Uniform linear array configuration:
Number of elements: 12
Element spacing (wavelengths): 0.75
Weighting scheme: uniform
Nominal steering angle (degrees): -45
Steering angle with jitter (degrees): -45.397
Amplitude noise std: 0.05
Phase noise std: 0.05

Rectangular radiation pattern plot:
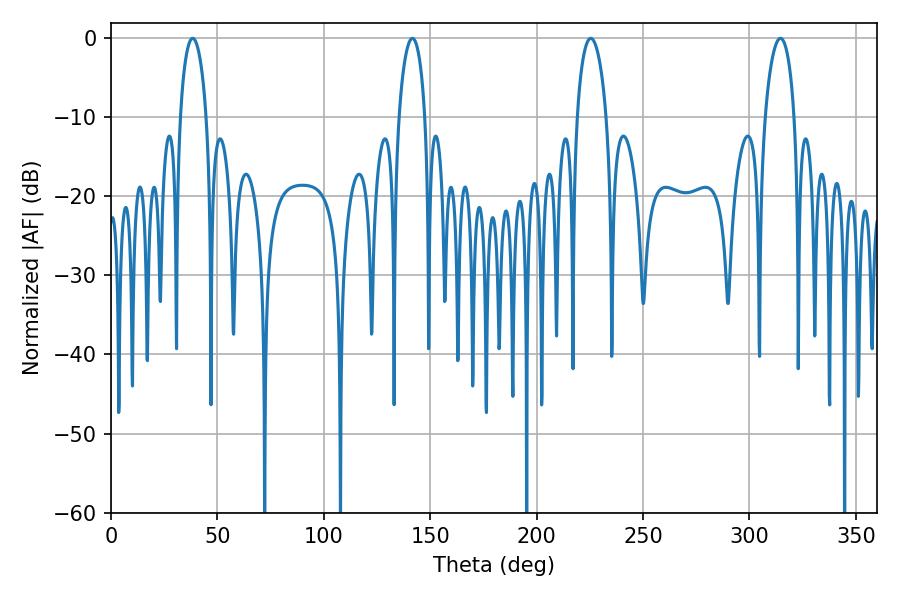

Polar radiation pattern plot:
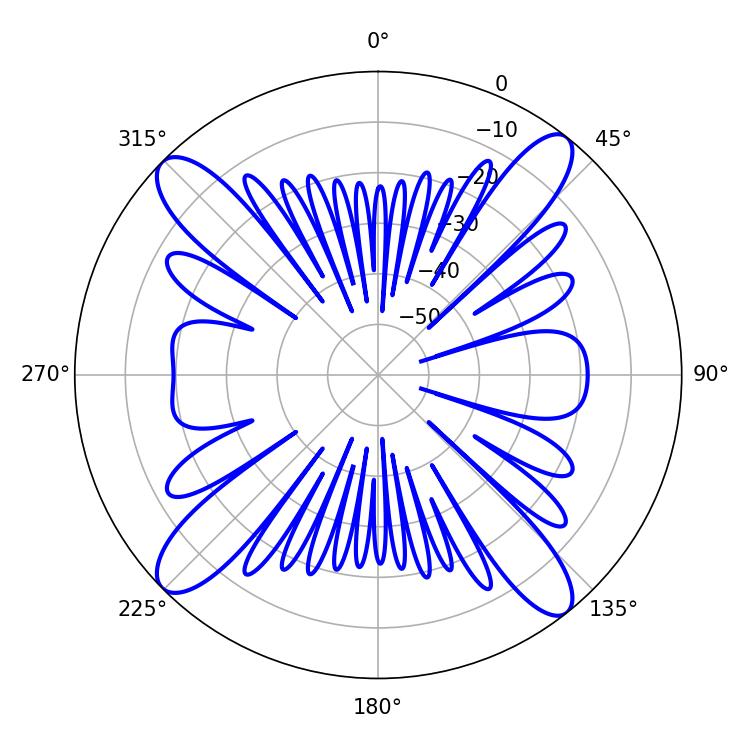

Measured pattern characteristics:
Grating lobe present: TRUE
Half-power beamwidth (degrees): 7.02
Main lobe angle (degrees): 38.34